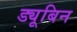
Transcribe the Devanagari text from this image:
ड्यूबिन